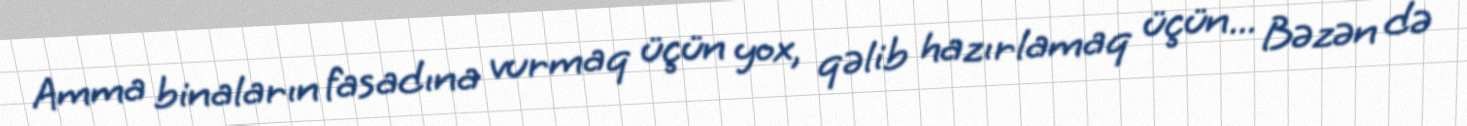
Amma binaların fasadına vurmaq üçün yox, qəlib hazırlamaq üçün... Bəzən də